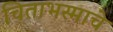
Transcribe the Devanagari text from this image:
चिताभस्माचे